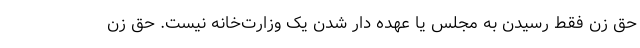
حق زن فقط رسیدن به مجلس یا عهده دار شدن یک وزارت‌خانه نیست. حق زن